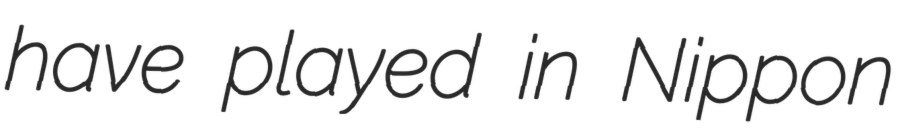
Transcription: have played in Nippon